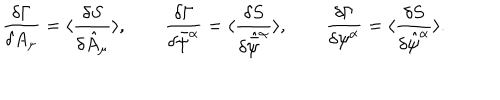
\frac { \delta \Gamma } { { \delta } A _ { \mu } } = \langle \frac { { \delta } S } { \delta \hat { A } _ { \mu } } \rangle , \qquad \frac { \delta \Gamma } { \delta { \bar { \psi } } ^ { \alpha } } = \langle \frac { { \delta } S } { \delta \hat { \bar { \psi } } ^ { \alpha } } \rangle , \qquad \frac { \delta \Gamma } { \delta { \psi } ^ { \alpha } } = \langle \frac { { \delta } S } { \delta \hat { \psi } ^ { \alpha } } \rangle .